Annual report of the Punjab Veterinary College and of the Civil Veterinary Department, Punjab - 1909-1919
Year: 1909
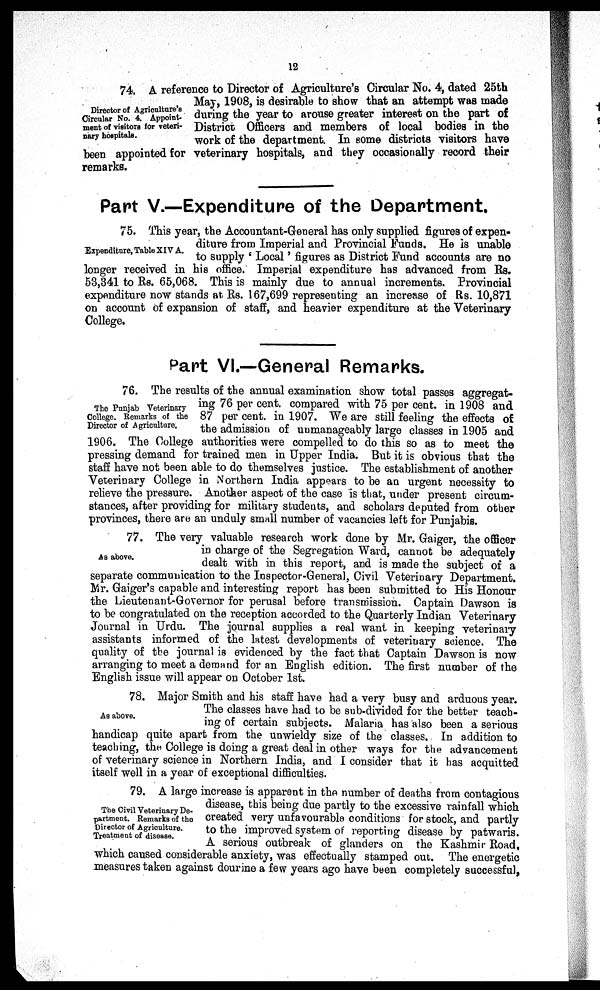
12
Director of Agriculture's
Circular No. 4. Appoint-
ment of visitors for veteri-
nary hospitals.
74. A reference to Director of Agriculture's Circular No. 4, dated 25th
May, 1908, is desirable to show that an attempt was made
during the year to arouse greater interest on the part of
District Officers and members of local bodies in the
work of the department. In some districts visitors have
been appointed for veterinary hospitals, and they occasionally record their
remarks.
Part V.—Expenditure of the Department.
Expenditure, Table XIV A.
75. This year, the Accountant-General has only supplied figures of expen-
diture from Imperial and Provincial Funds. He is unable
to supply 'Local' figures as District Fund accounts are no
longer received in his office. Imperial expenditure has advanced from Rs.
53,341 to Rs. 65,068. This is mainly due to annual increments. Provincial
expenditure now stands at Rs. 167,699 representing an increase of Rs. 10,871
on account of expansion of staff, and heavier expenditure at the Veterinary
College.
Part VI.—General Remarks.
The Punjab Veterinary
College. Remarks of the
Director of Agriculture.
76. The results of the annual examination show total passes aggregat-
ing 76 per cent. compared with 75 per cent. in 1908 and
87 per cent. in 1907. We are still feeling the effects of
the admission of unmanageably large classes in 1905 and
1906. The College authorities were compelled to do this so as to meet the
pressing demand for trained men in Upper India. But it is obvious that the
staff have not been able to do themselves justice. The establishment of another
Veterinary College in Northern India appears to be an urgent necessity to
relieve the pressure. Another aspect of the case is that, under present circum-
stances, after providing for military students, and scholars deputed from other
provinces, there are an unduly small number of vacancies left for Punjabis.
As above.
77. The very valuable research work done by Mr. Gaiger, the officer
in charge of the Segregation Ward, cannot be adequately
dealt with in this report, and is made the subject of a
separate communication to the Inspector-General, Civil Veterinary Department.
Mr. Gaiger's capable and interesting report has been submitted to His Honour
the Lieutenant-Governor for perusal before transmission. Captain Dawson is
to be congratulated on the reception accorded to the Quarterly Indian Veterinary
Journal in Urdu. The journal supplies a real want in keeping veterinary
assistants informed of the latest developments of veterinary science. The
quality of the journal is evidenced by the fact that Captain Dawson is now
arranging to meet a demand for an English edition. The first number of the
English issue will appear on October 1st.
As above.
78. Major Smith and his staff have had a very busy and arduous year.
The classes have had to be sub-divided for the better teach-
ing of certain subjects. Malaria has also been a serious
handicap quite apart from the unwieldy size of the classes. In addition to
teaching, the College is doing a great deal in other ways for the advancement
of veterinary science in Northern India, and I consider that it has acquitted
itself well in a year of exceptional difficulties.
The Civil Veterinary De-
partment. Remarks of the
Director of Agriculture.
Treatment of disease.
79. A large increase is apparent in the number of deaths from contagious
disease, this being due partly to the excessive rainfall which
created very unfavourable conditions for stock, and partly
to the improved system of reporting disease by patwaris.
A serious outbreak of glanders on the Kashmir Road,
which caused considerable anxiety, was effectually stamped out. The energetic
measures taken against dourine a few years ago have been completely successful,